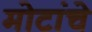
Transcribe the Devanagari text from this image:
मोटांचे